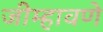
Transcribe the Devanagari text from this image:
जीम्हावणे